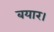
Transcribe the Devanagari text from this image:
बयार।